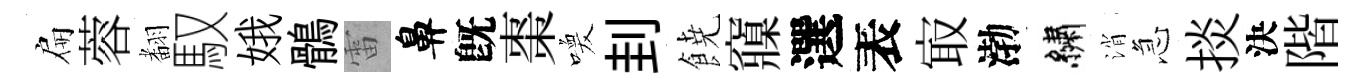
扁蓉𮋒馭娥鶻雷鼻旣棗喚刲𩜙䆿選表㝡渤繡消急掞決階